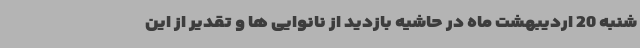
شنبه 20 اردیبهشت ماه در حاشیه بازدید از نانوایی ها و تقدیر از این